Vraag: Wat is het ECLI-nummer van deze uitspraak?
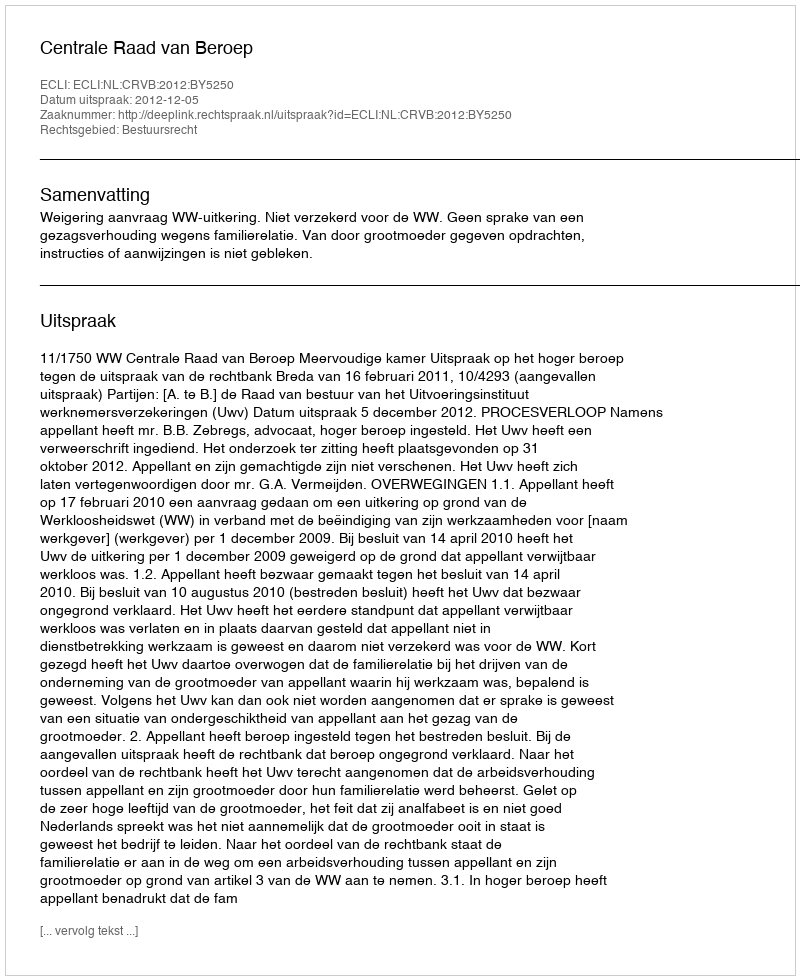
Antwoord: ECLI:NL:CRVB:2012:BY5250